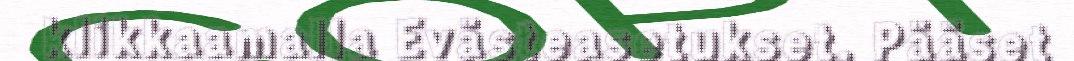
klikkaamalla Evästeasetukset. Pääset